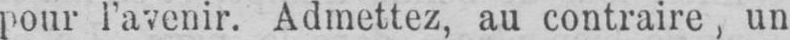
pour l’avenir. Admettez, au contraire, un